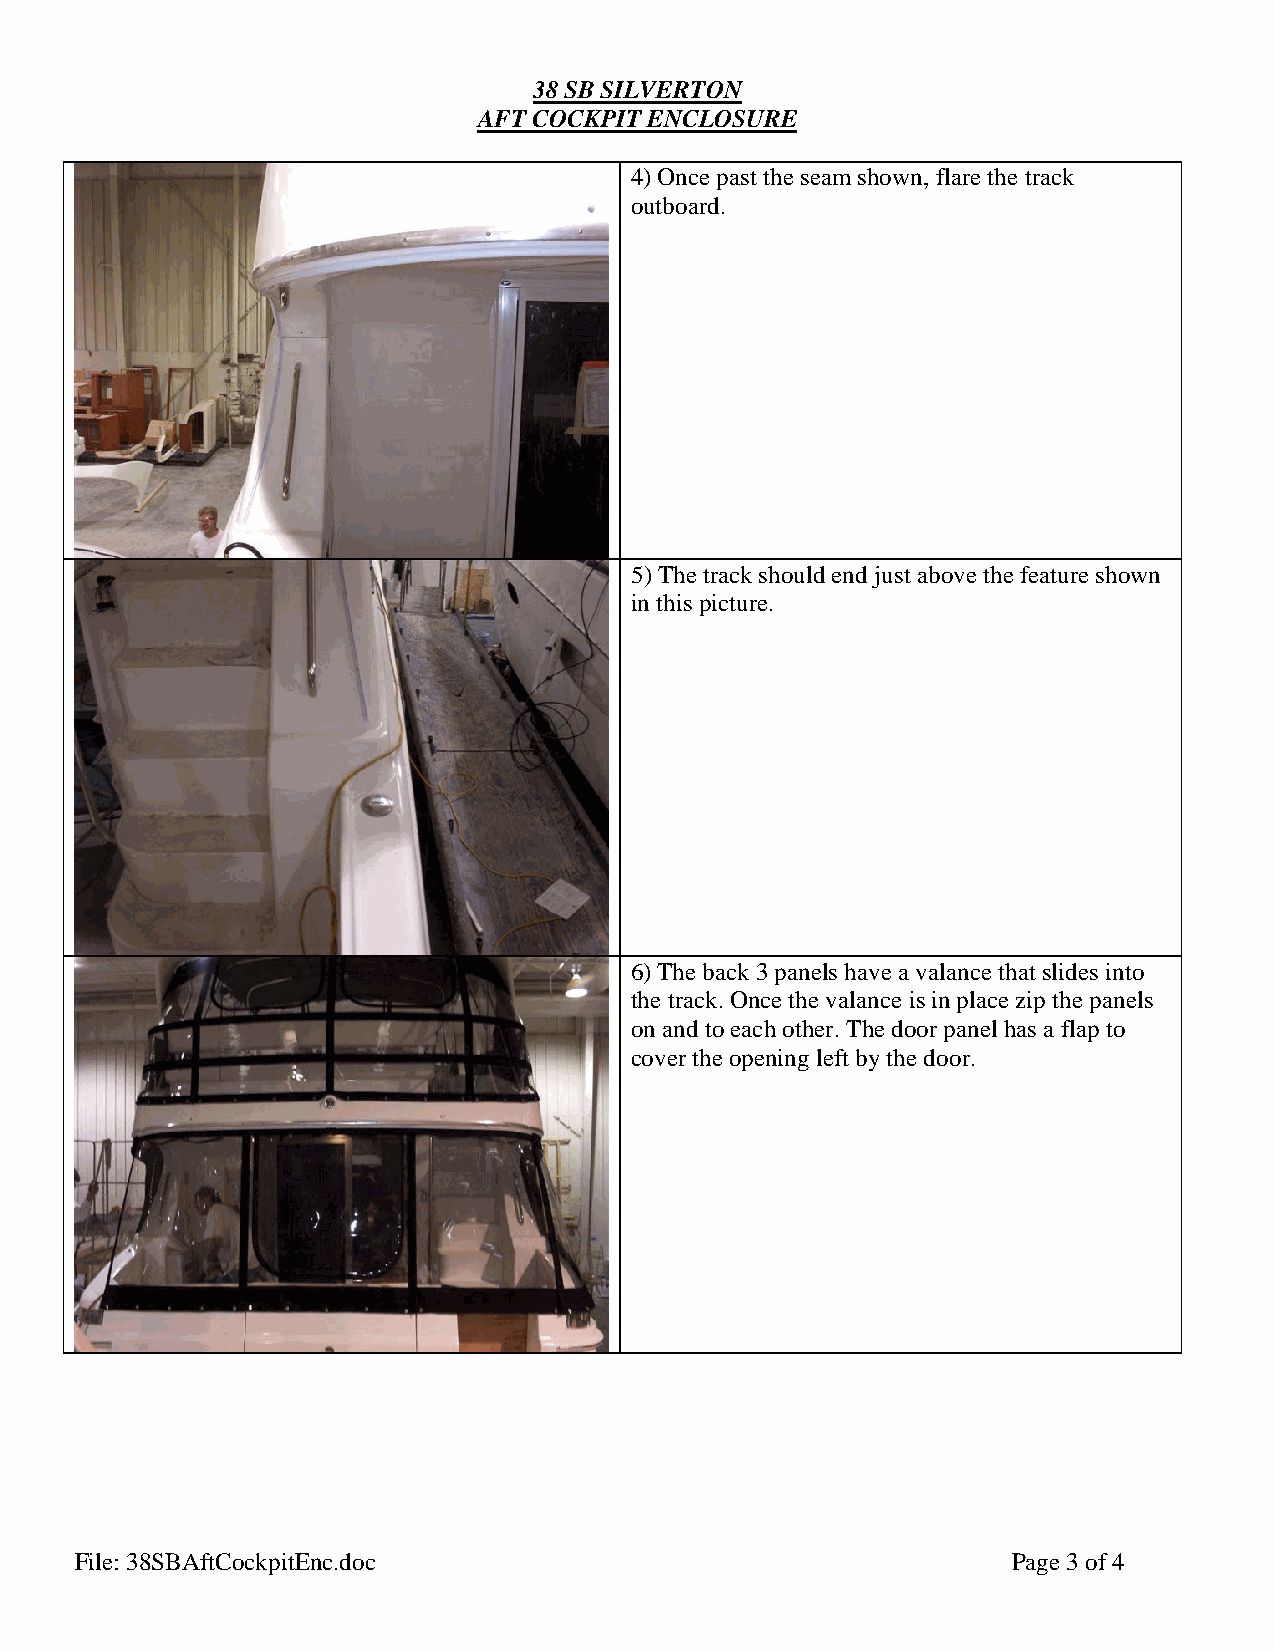
38 SB SILVERTON
 AFT COCKPIT ENCLOSURE
 4) Once past the seam shown, flare the track
 outboard.
 5) The track should end just above the feature shown
 in this picture.
 6) The back 3 panels have a valance that slides into
 the track. Once the valance is in place zip the panels
 on and to each other. The door panel has a flap to
 cover the opening left by the door.
 File: 38SBAftCockpitEnc.doc                                   Page 3 of 4